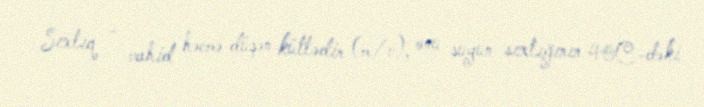
Sıxlıq - vahid həcmə düşən kütlədir (m/v), onu suyun sıxlığının 40C-dəki